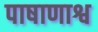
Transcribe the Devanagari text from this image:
पाषाणाश्व